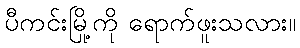
ပီကင်းမြို့ကို ရောက်ဖူးသလား။